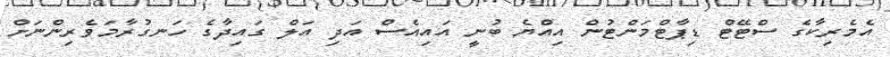
އެމެރިކާގެ ސްޓޭޓް ޑިޕާޓްމަންޓުން އިއްޔެ ބުނީ އައިއެސް އަދި އަލް ގައިދާގެ ހަނގުރާމަވެރިންނަށް